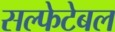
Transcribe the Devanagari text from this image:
सल्फेटेबल